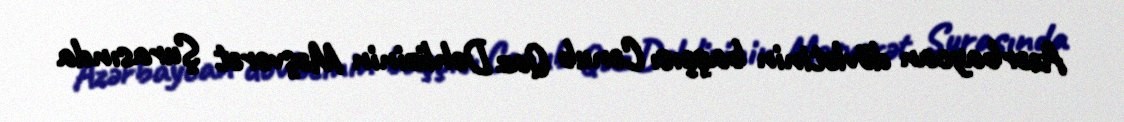
Azərbaycan dövlətinin başçısı Cənub Qaz Dəhlizinin Məşvərət Şurasında